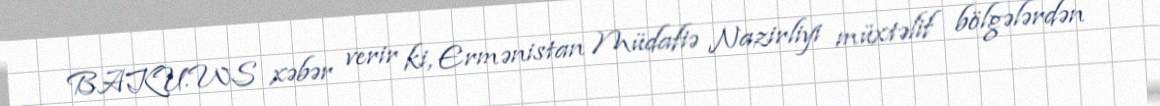
BAKU.WS xəbər verir ki, Ermənistan Müdafiə Nazirliyi müxtəlif bölgələrdən